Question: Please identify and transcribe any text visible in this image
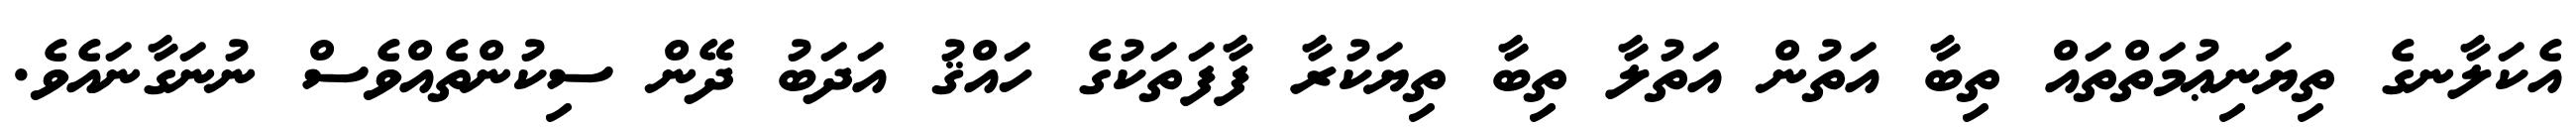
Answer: އެކަލާނގެ ތިޔަނިޢުމަތްތައް ތިބާ އަތުން އަތުލާ ތިބާ ތިޔަކުރާ ފާފަތަކުގެ ހައްޤު އަދަބު ދޭން ސިކުންތެއްވެސް ނުނަގާނައެވެ.